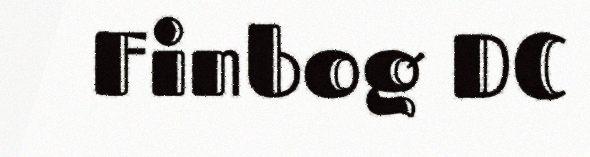
Finbog DC